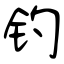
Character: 钓